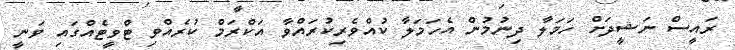
ރައީސް ނަޝީދަށް ހަމަލާ ދިނުމުން އެހަމަލާ ކުއްވެރިކުރައްވާ އަކްރަމް ކުރެއްވި ޓްވީޓެއްގައި ވަނީ